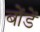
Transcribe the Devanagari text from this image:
बोंडें